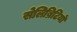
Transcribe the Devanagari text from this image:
सेलिब्रिटियों